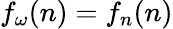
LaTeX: f_{\omega}(n)=f_{n}(n)